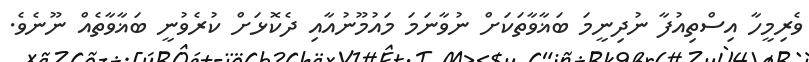
ވެރިމީހާ އިސްތިއުފާ ނުދިނީމަ ބަޣާވާތަކަށް ނުވާނަމަ މައުމޫނުއާއި ދެކޮޅަށް ކުރެވުނީ ބަޣާވާތެއް ނޫނެވެ.